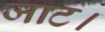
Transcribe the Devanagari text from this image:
जाट।